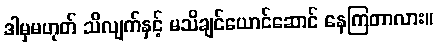
ဒါမှမဟုတ် သိလျက်နှင့် မသိချင်ယောင်ဆောင် နေကြတာလား။